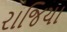
રાજિયા